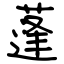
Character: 蓬